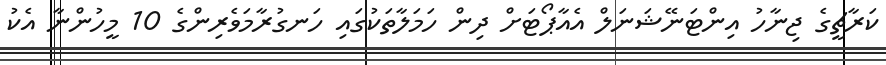
ކަރާޗީގެ ޖިނާހު އިންޓަނޭޝަނަލް އެއާޕޯޓަށް ދިން ހަމަލާތަކުގައި ހަނގުރާމަވެރިންގެ 10 މީހުންނާ އެކު